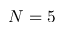
N = 5